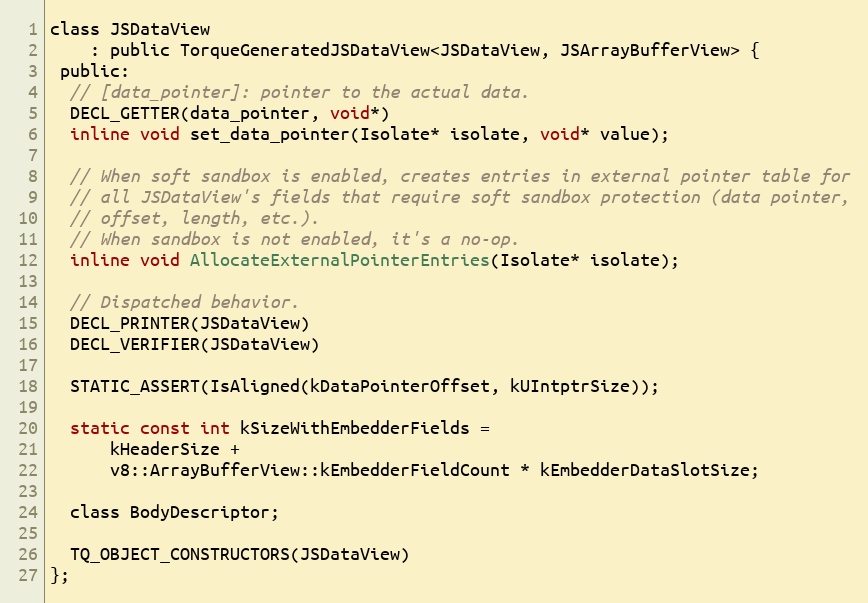
Language: C
class JSDataView
    : public TorqueGeneratedJSDataView<JSDataView, JSArrayBufferView> {
 public:
  // [data_pointer]: pointer to the actual data.
  DECL_GETTER(data_pointer, void*)
  inline void set_data_pointer(Isolate* isolate, void* value);

  // When soft sandbox is enabled, creates entries in external pointer table for
  // all JSDataView's fields that require soft sandbox protection (data pointer,
  // offset, length, etc.).
  // When sandbox is not enabled, it's a no-op.
  inline void AllocateExternalPointerEntries(Isolate* isolate);

  // Dispatched behavior.
  DECL_PRINTER(JSDataView)
  DECL_VERIFIER(JSDataView)

  STATIC_ASSERT(IsAligned(kDataPointerOffset, kUIntptrSize));

  static const int kSizeWithEmbedderFields =
      kHeaderSize +
      v8::ArrayBufferView::kEmbedderFieldCount * kEmbedderDataSlotSize;

  class BodyDescriptor;

  TQ_OBJECT_CONSTRUCTORS(JSDataView)
};